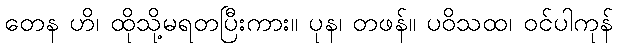
တေန ဟိ၊ ထိုသို့မရတပြီးကား။ ပုန၊ တဖန်။ ပဝိသထ၊ ဝင်ပါကုန်